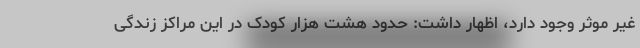
غیر موثر وجود دارد، اظهار داشت: حدود هشت هزار کودک در این مراکز زندگی